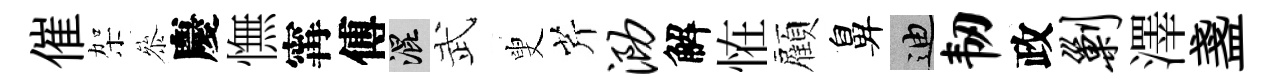
催架叅慶憮𡩋傅混武叟芹泐解恠顏鼻迪韧政剿澤盞